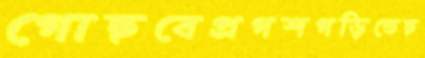
গোছবেপ্রগশগড়িতেছ